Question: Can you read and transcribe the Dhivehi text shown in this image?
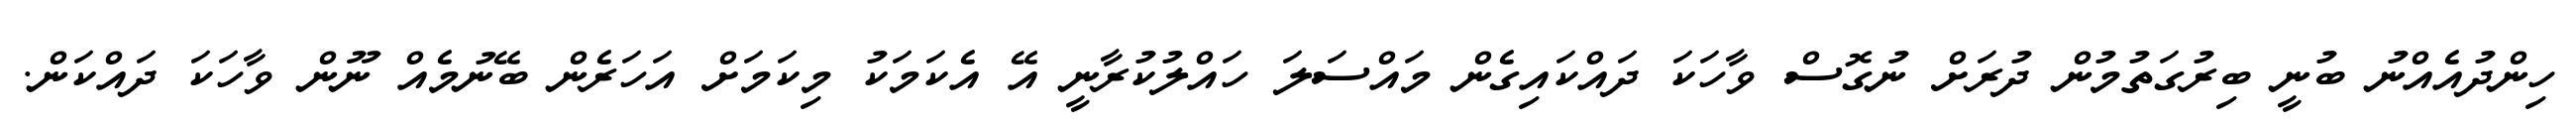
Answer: ހިންދުއެއްނު ބުނީ ބިރުގަތުމުން ދުރަށް ނުގޮސް ވާހަކަ ދައްކައިގެން މައްސަލަ ހައްލުކުރާނީ އޭ އެކަމަކު މިކަމަށް އަހަރެން ބޭނުމެއް ނޫން ވާހަކަ ދައްކަން.